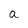
Character: a